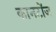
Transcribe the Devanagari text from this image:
कानटोंज